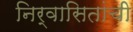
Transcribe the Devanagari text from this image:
निर्वासितांची